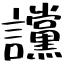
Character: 讜